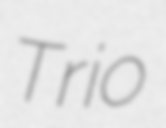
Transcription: Trio